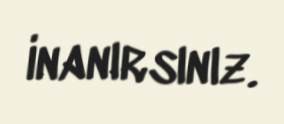
inanırsınız.